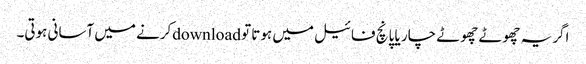
اگر یہ چھوٹے چھوٹے چار یا پانچ فائیل میں ہوتا تو downloadکرنے میں آسانی ہوتی۔